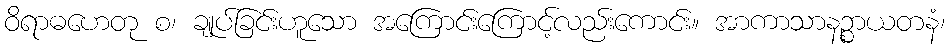
ဝိရာဓဟေတု စ၊ ချုပ်ခြင်းဟူသော အကြောင်းကြောင့်လည်းကောင်း။ အာကာသာနဉ္စာယတနံ၊